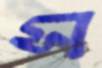
স